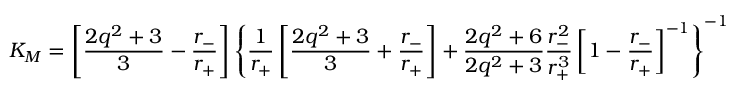
K _ { M } = \left[ \frac { 2 q ^ { 2 } + 3 } { 3 } - \frac { r _ { - } } { r _ { + } } \right] \left\{ \frac { 1 } { r _ { + } } \left[ \frac { 2 q ^ { 2 } + 3 } { 3 } + \frac { r _ { - } } { r _ { + } } \right] + \frac { 2 q ^ { 2 } + 6 } { 2 q ^ { 2 } + 3 } \frac { r _ { - } ^ { 2 } } { r _ { + } ^ { 3 } } \left[ 1 - \frac { r _ { - } } { r _ { + } } \right] ^ { - 1 } \right\} ^ { - 1 } .